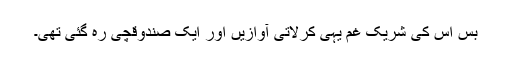
بس اس کی شریک غم یہی کرلاتی آوازیں اور ایک صندوقچی رہ گئی تھی۔